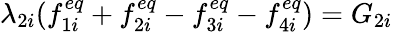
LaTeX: \lambda_{2i}(f_{1i}^{eq}+f_{2i}^{eq}-f_{3i}^{eq}-f_{4i}^{eq})=G_{2i}